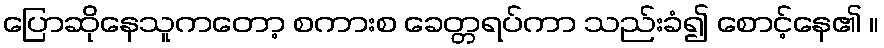
ပြောဆိုနေသူကတော့ စကားစ ခေတ္တရပ်ကာ သည်းခံ၍ စောင့်နေ၏ ။